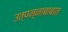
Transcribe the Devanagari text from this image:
उत्पन्नाबाबात